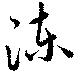
涷